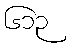
၆၁၃